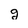
Character: g